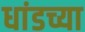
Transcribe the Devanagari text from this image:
धांडच्या